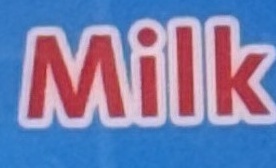
Milk